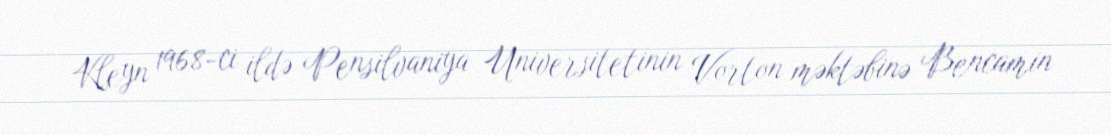
Kleyn 1968-ci ildə Pensilvaniya Universitetinin Vorton məktəbinə Bencamin